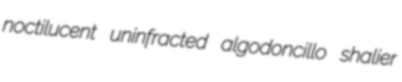
noctilucent uninfracted algodoncillo shalier